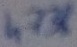
Text: 4738